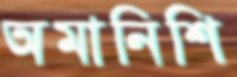
অমানিশি